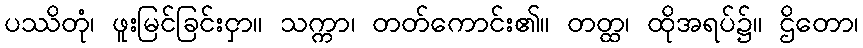
ပဿိတုံ၊ ဖူးမြင်ခြင်းငှာ။ သက္ကာ၊ တတ်ကောင်း၏။ တတ္ထ၊ ထိုအရပ်၌။ ဌိတော၊